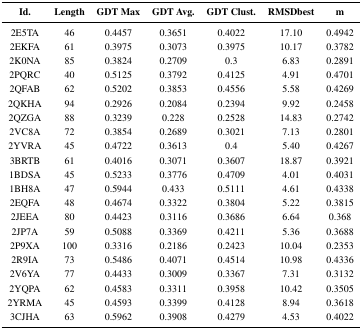
<table><thead><tr><td><b>Id.</b></td><td colspan="2"><b>Length</b></td><td><b>GDT Max</b></td><td><b>GDT Avg.</b></td><td><b>GDT Clust.</b></td><td><b>RMSDbest</b></td><td><b>m</b></td></tr></thead><tbody><tr><td>2E5TA</td><td>46</td><td>0.4457</td><td>0.3651</td><td>0.4022</td><td>17.10</td><td>0.4942</td></tr><tr><td>2EKFA</td><td>61</td><td>0.3975</td><td>0.3073</td><td>0.3975</td><td>10.17</td><td>0.3782</td></tr><tr><td>2K0NA</td><td>85</td><td>0.3824</td><td>0.2709</td><td>0.3</td><td>6.83</td><td>0.2891</td></tr><tr><td>2PQRC</td><td>40</td><td>0.5125</td><td>0.3792</td><td>0.4125</td><td>4.91</td><td>0.4701</td></tr><tr><td>2QFAB</td><td>62</td><td>0.5202</td><td>0.3853</td><td>0.4556</td><td>5.58</td><td>0.4269</td></tr><tr><td>2QKHA</td><td>94</td><td>0.2926</td><td>0.2084</td><td>0.2394</td><td>9.92</td><td>0.2458</td></tr><tr><td>2QZGA</td><td>88</td><td>0.3239</td><td>0.228</td><td>0.2528</td><td>14.83</td><td>0.2742</td></tr><tr><td>2VC8A</td><td>72</td><td>0.3854</td><td>0.2689</td><td>0.3021</td><td>7.13</td><td>0.2801</td></tr><tr><td>2YVRA</td><td>45</td><td>0.4722</td><td>0.3613</td><td>0.4</td><td>5.40</td><td>0.4267</td></tr><tr><td>3BRTB</td><td>61</td><td>0.4016</td><td>0.3071</td><td>0.3607</td><td>18.87</td><td>0.3921</td></tr><tr><td>1BDSA</td><td>45</td><td>0.5233</td><td>0.3776</td><td>0.4709</td><td>4.01</td><td>0.4031</td></tr><tr><td>1BH8A</td><td>47</td><td>0.5944</td><td>0.433</td><td>0.5111</td><td>4.61</td><td>0.4338</td></tr><tr><td>2EQFA</td><td>48</td><td>0.4674</td><td>0.3322</td><td>0.3804</td><td>5.22</td><td>0.3815</td></tr><tr><td>2JEEA</td><td>80</td><td>0.4423</td><td>0.3116</td><td>0.3686</td><td>6.64</td><td>0.368</td></tr><tr><td>2JP7A</td><td>59</td><td>0.5088</td><td>0.3369</td><td>0.4211</td><td>5.36</td><td>0.3688</td></tr><tr><td>2P9XA</td><td>100</td><td>0.3316</td><td>0.2186</td><td>0.2423</td><td>10.04</td><td>0.2353</td></tr><tr><td>2R9IA</td><td>73</td><td>0.5486</td><td>0.4071</td><td>0.4514</td><td>10.98</td><td>0.4336</td></tr><tr><td>2V6YA</td><td>77</td><td>0.4433</td><td>0.3009</td><td>0.3367</td><td>7.31</td><td>0.3132</td></tr><tr><td>2YQPA</td><td>62</td><td>0.4583</td><td>0.3311</td><td>0.3958</td><td>10.42</td><td>0.3505</td></tr><tr><td>2YRMA</td><td>45</td><td>0.4593</td><td>0.3399</td><td>0.4128</td><td>8.94</td><td>0.3618</td></tr><tr><td>3CJHA</td><td>63</td><td>0.5962</td><td>0.3908</td><td>0.4279</td><td>4.53</td><td>0.4022</td></tr></tbody></table>